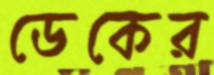
ডেকের